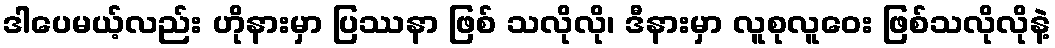
ဒါပေမယ့်လည်း ဟိုနားမှာ ပြဿနာ ဖြစ် သလိုလို၊ ဒီနားမှာ လူစုလူဝေး ဖြစ်သလိုလိုနဲ့